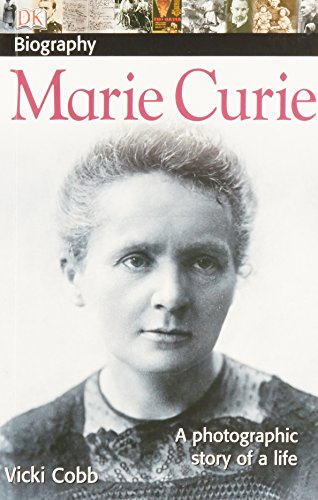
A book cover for DK Biography: Marie Curie; DK; Children's Books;